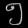
Digit: ၅